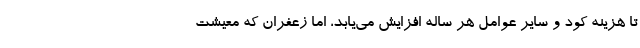
تا هزینه کود و سایر عوامل هر ساله افزایش می‌یابد، اما زعفران که معیشت